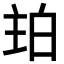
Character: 𤽞